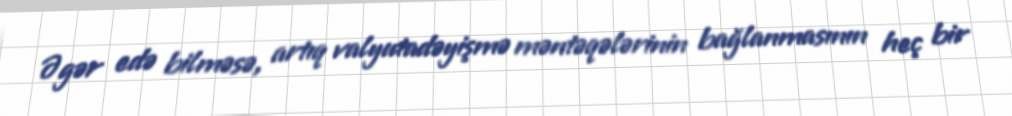
Əgər edə bilməsə, artıq valyutadəyişmə məntəqələrinin bağlanmasının heç bir